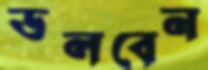
ডলবেন